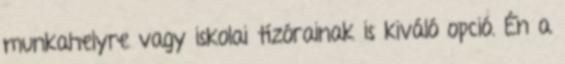
munkahelyre vagy iskolai tízórainak is kiváló opció. Én a